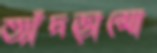
ত্যাঁদড়ামো